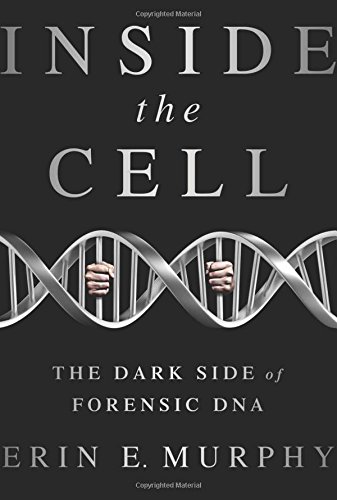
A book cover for Inside the Cell: The Dark Side of Forensic DNA; Erin E. Murphy; Medical Books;